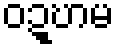
ဝဍ္ဎာမ